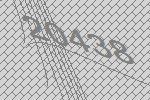
20438